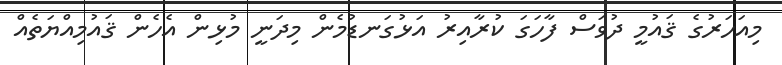
މިއަހަރުގެ ޤައުމީ ދުވަސް ފާހަގަ ކުރާއިރު އަޅުގަނޑުމެން މިދަނީ މުޅިން އެހެން ޤައުމިއްޔަތެއް